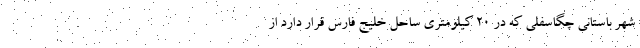
شهر باستانی چگاسفلی که در ۲۰ کیلومتری ساحل خلیج فارس قرار دارد از